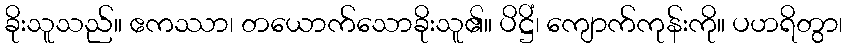
ခိုးသူသည်။ ဧကဿာ၊ တယောက်သောခိုးသူ၏။ ပိဋ္ဌိံ၊ ကျောက်ကုန်းကို။ ပဟရိတွာ၊